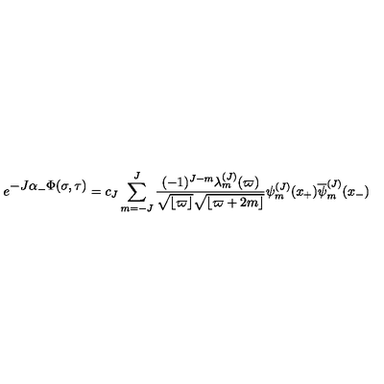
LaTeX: e ^ { \textstyle - J \alpha _ { - } \Phi ( \sigma , \tau ) } = c _ { J } \sum _ { m = - J } ^ { J } { \frac { ( - 1 ) ^ { J - m } \lambda _ { m } ^ { ( J ) } ( \varpi ) } { \sqrt { \lfloor \varpi \rfloor } \sqrt { \lfloor \varpi + 2 m \rfloor } } } \psi _ { m } ^ { ( J ) } ( x _ { + } ) { \overline { \psi } _ { m } ^ { ( J ) } } ( x _ { - } )